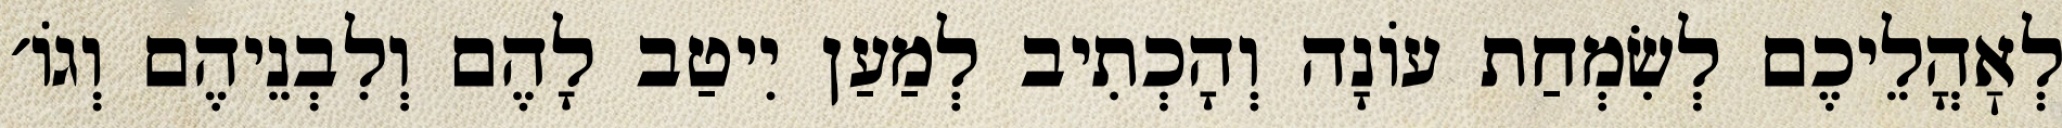
לְאׇהֳלֵיכֶם לְשִׂמְחַת עוֹנָה וְהָכְתִיב לְמַעַן יִיטַב לָהֶם וְלִבְנֵיהֶם וְגוֹ׳